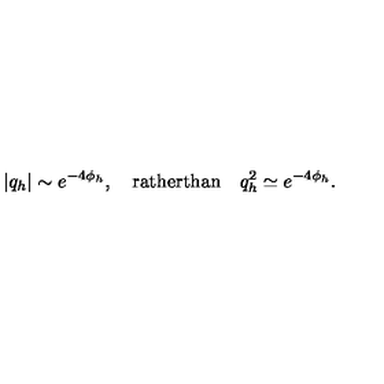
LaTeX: | q _ { h } | \sim e ^ { - 4 \phi _ { h } } , \quad \mathrm { r a t h e r t h a n } \quad q _ { h } ^ { 2 } \simeq e ^ { - 4 \phi _ { h } } .